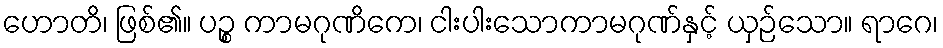
ဟောတိ၊ ဖြစ်၏။ ပဉ္စ ကာမဂုဏိကေ၊ ငါးပါးသောကာမဂုဏ်နှင့် ယှဉ်သော။ ရာဂေ၊